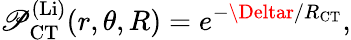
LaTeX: \mathscr{P}_{\mathrm{{CT}}}^{\mathrm{{(Li)}}}(r,\theta,R)=e^{-\Deltar/R_{\mathrm{{CT}}}},